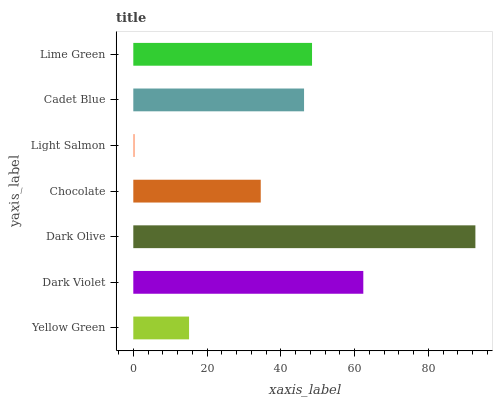
| yaxis_label | bars |
 | --- | --- |
 | Yellow Green | 15.1 |
 | Dark Violet | 62.4 |
 | Dark Olive | 92.8 |
 | Chocolate | 34.6 |
 | Light Salmon | 0.392 |
 | Cadet Blue | 46.3 |
 | Lime Green | 48.5 |